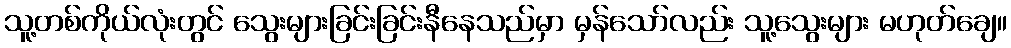
သူ့တစ်ကိုယ်လုံးတွင် သွေးများခြင်းခြင်းနီနေသည်မှာ မှန်သော်လည်း သူ့သွေးများ မဟုတ်ချေ။